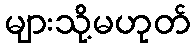
များသို့မဟုတ်